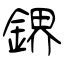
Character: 鎅